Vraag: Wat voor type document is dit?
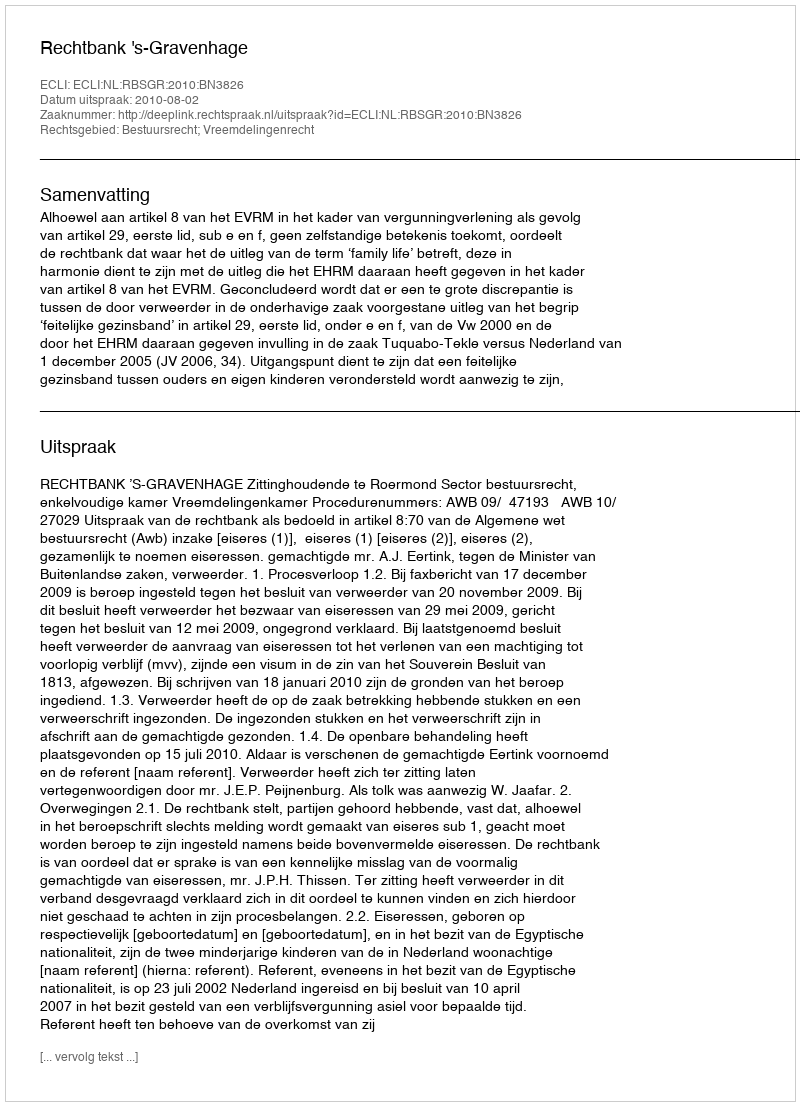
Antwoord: Uitspraak